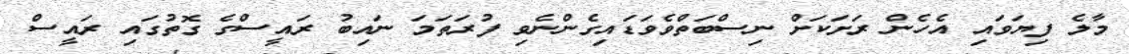
މާލެ ފިޔަވައި އެހެން ރަށަކަށް ނިސްބަތްވެވަޑައިގެންނެވި ފުރަތަމަ ނައިބު ރައީސްގެ ގޮތުގައި ރައީސް